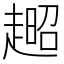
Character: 𧼹